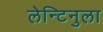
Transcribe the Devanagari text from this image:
लेन्टिनुला